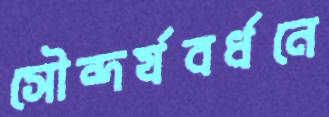
সৌন্দর্যবর্ধনে